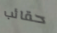
حقائب